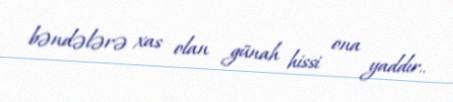
bəndələrə xas olan günah hissi ona yaddır..